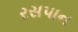
રસપાન